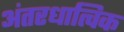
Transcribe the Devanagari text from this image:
अंतरधात्विक